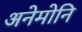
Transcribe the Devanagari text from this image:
अनेमोनि